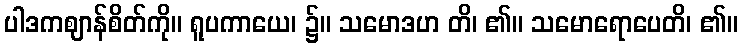
ပါဒကဈာန်စိတ်ကို။ ရူပကာယေ၊ ၌။ သမောဒဟ တိ၊ ၏။ သမောရောပေတိ၊ ၏။